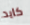
كايد